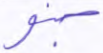
جنو